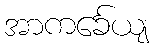
အာကင်္ခေယျ